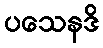
ပသေနဒိ